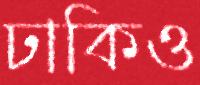
ঢাকিও